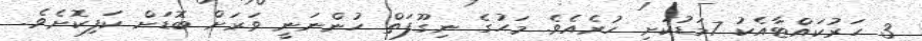
3 ހަރުކައްޓާއެކު 7މަޑުކަށި ހުރެއެވެ. މަހުގެ ނިގޫފަތް ހުންނަނީ ވަރަށް ބޮޑަށް ކަފިކޮށެވެ.